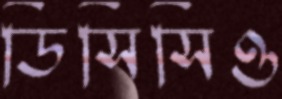
ডিসিসিও